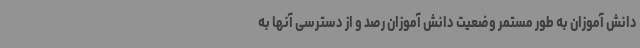
دانش آموزان به طور مستمر وضعیت دانش آموزان رصد و از دسترسی آنها به